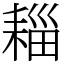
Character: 䎩